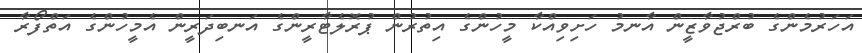
އަހަރުމެންގެ ބުރްޖުވާޒީން އާނމު ހަށިވިއްކާ މީހުންގެ އިތުރުން ޕުރޮލެޓާރީންގެ އަނބިދަރީން އެމީހުންގެ އަތްފޯރާ